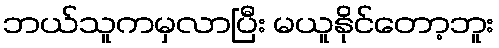
ဘယ်သူကမှလာပြီး မယူနိုင်တော့ဘူး